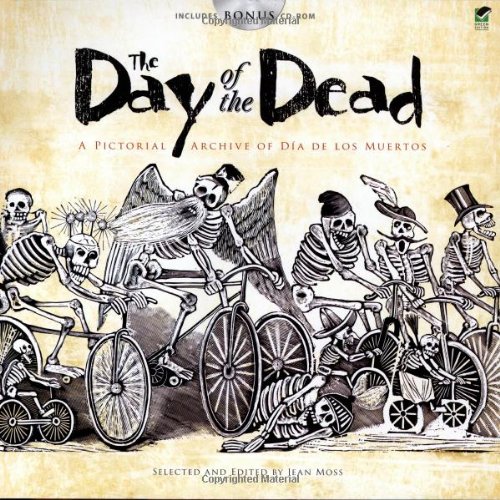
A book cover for The Day of the Dead: A Pictorial Archive of Dia de Los Muertos (Dover Pictorial Archive); Jean Moss; Arts & Photography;